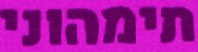
תימהוני